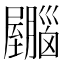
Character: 𫇂